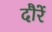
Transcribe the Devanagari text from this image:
दौरें